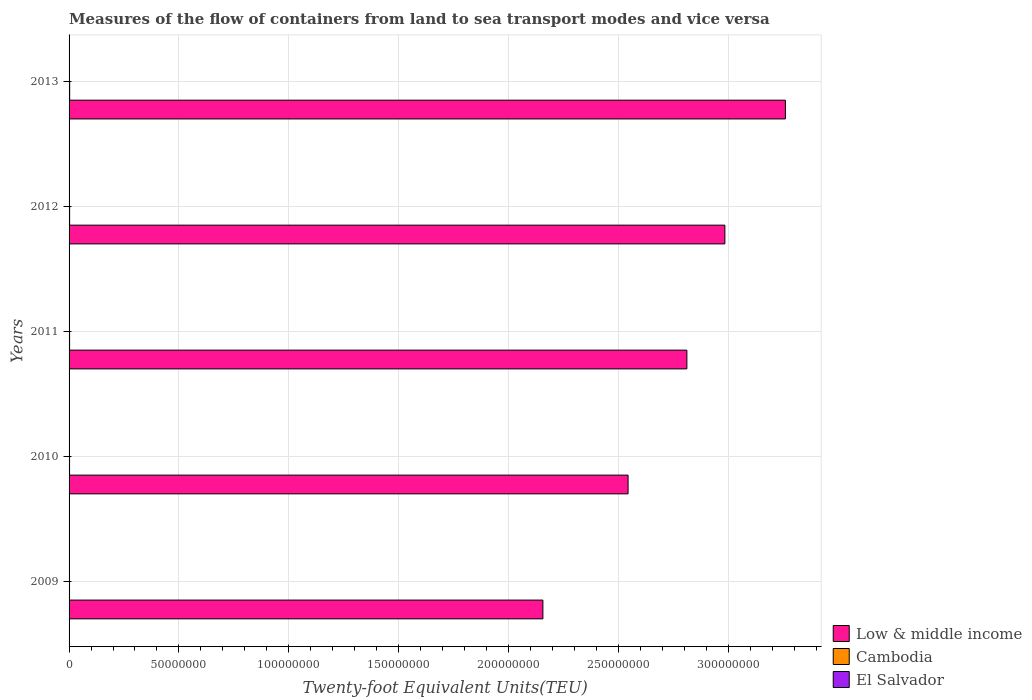
| Years | Low & middle income | Cambodia | El Salvador |
 | --- | --- | --- | --- |
 | 2009 | 2.16e+08 | 2.08e+05 | 1.26e+05 |
 | 2010 | 2.54e+08 | 2.24e+05 | 1.46e+05 |
 | 2011 | 2.81e+08 | 2.37e+05 | 1.61e+05 |
 | 2012 | 2.98e+08 | 2.55e+05 | 1.61e+05 |
 | 2013 | 3.26e+08 | 2.75e+05 | 1.81e+05 |